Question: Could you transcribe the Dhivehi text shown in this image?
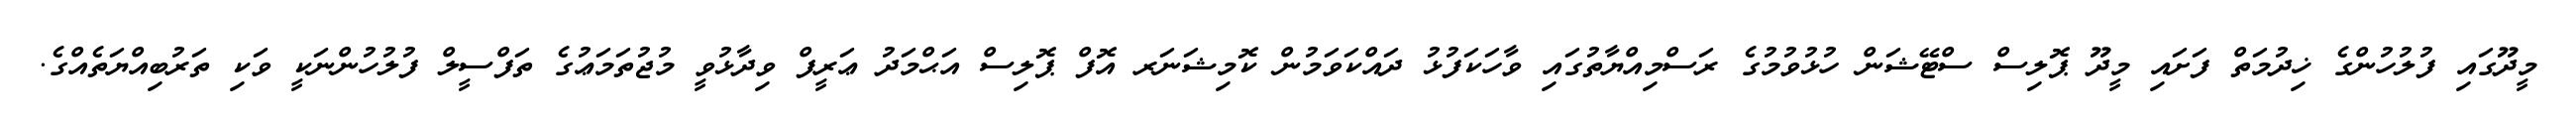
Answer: މީދޫގައި ފުލުހުންގެ ޚިދުމަތް ފަށައި މީދޫ ޕޮލިސް ސްޓޭޝަން ހުޅުވުމުގެ ރަސްމިއްޔާތުގައި ވާހަކަފުޅު ދައްކަވަމުން ކޮމިޝަނަރ އޮފް ޕޮލިސް އަޙްމަދު ޢަރީފް ވިދާޅުވީ މުޖުތަމަޢުގެ ތަފްސީލް ފުލުހުންނަކީ ވަކި ތަރުބިއްޔަތެއްގެ.